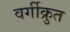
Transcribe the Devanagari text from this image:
वर्गीक्रुत